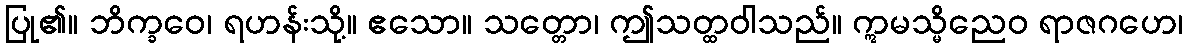
ပြု၏။ ဘိက္ခဝေ၊ ရဟန်းသို့။ ဧသော။ သတ္တော၊ ဤသတ္ထဝါသည်။ ဣမသ္မိညေဝ ရာဇဂဟေ၊